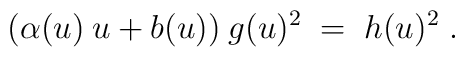
(\alpha(u) \:u + b(u)) \:g(u)^2 \;=\; h(u)^2 \;.